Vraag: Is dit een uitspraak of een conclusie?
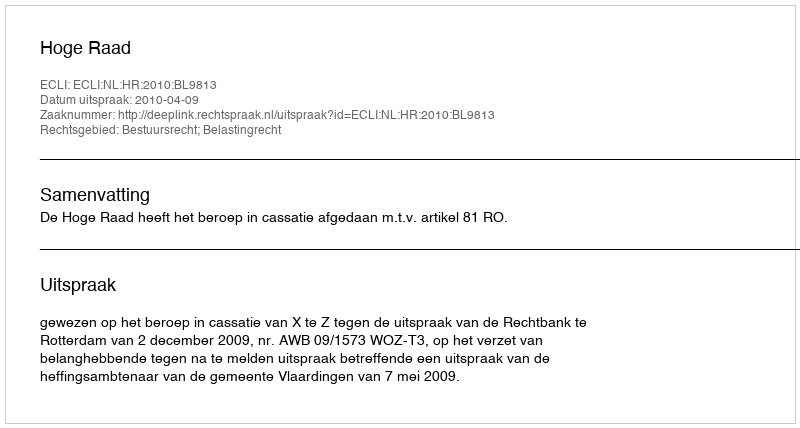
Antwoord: Uitspraak